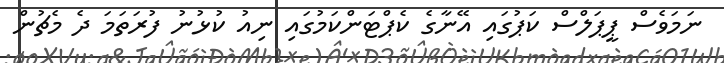
ނަމަވެސް ޕީޕަލްސް ކަޕުގައި އޭނާގެ ކެޕްޓަންކަމުގައި ނިއު ކުޅުނު ފުރަތަމަ ދެ މެޗުން